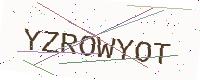
Text: YZROWYOT